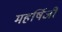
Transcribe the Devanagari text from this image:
महर्षिजी